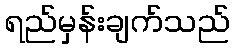
ရည်မှန်းချက်သည်